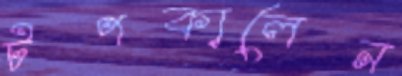
টপকালেন